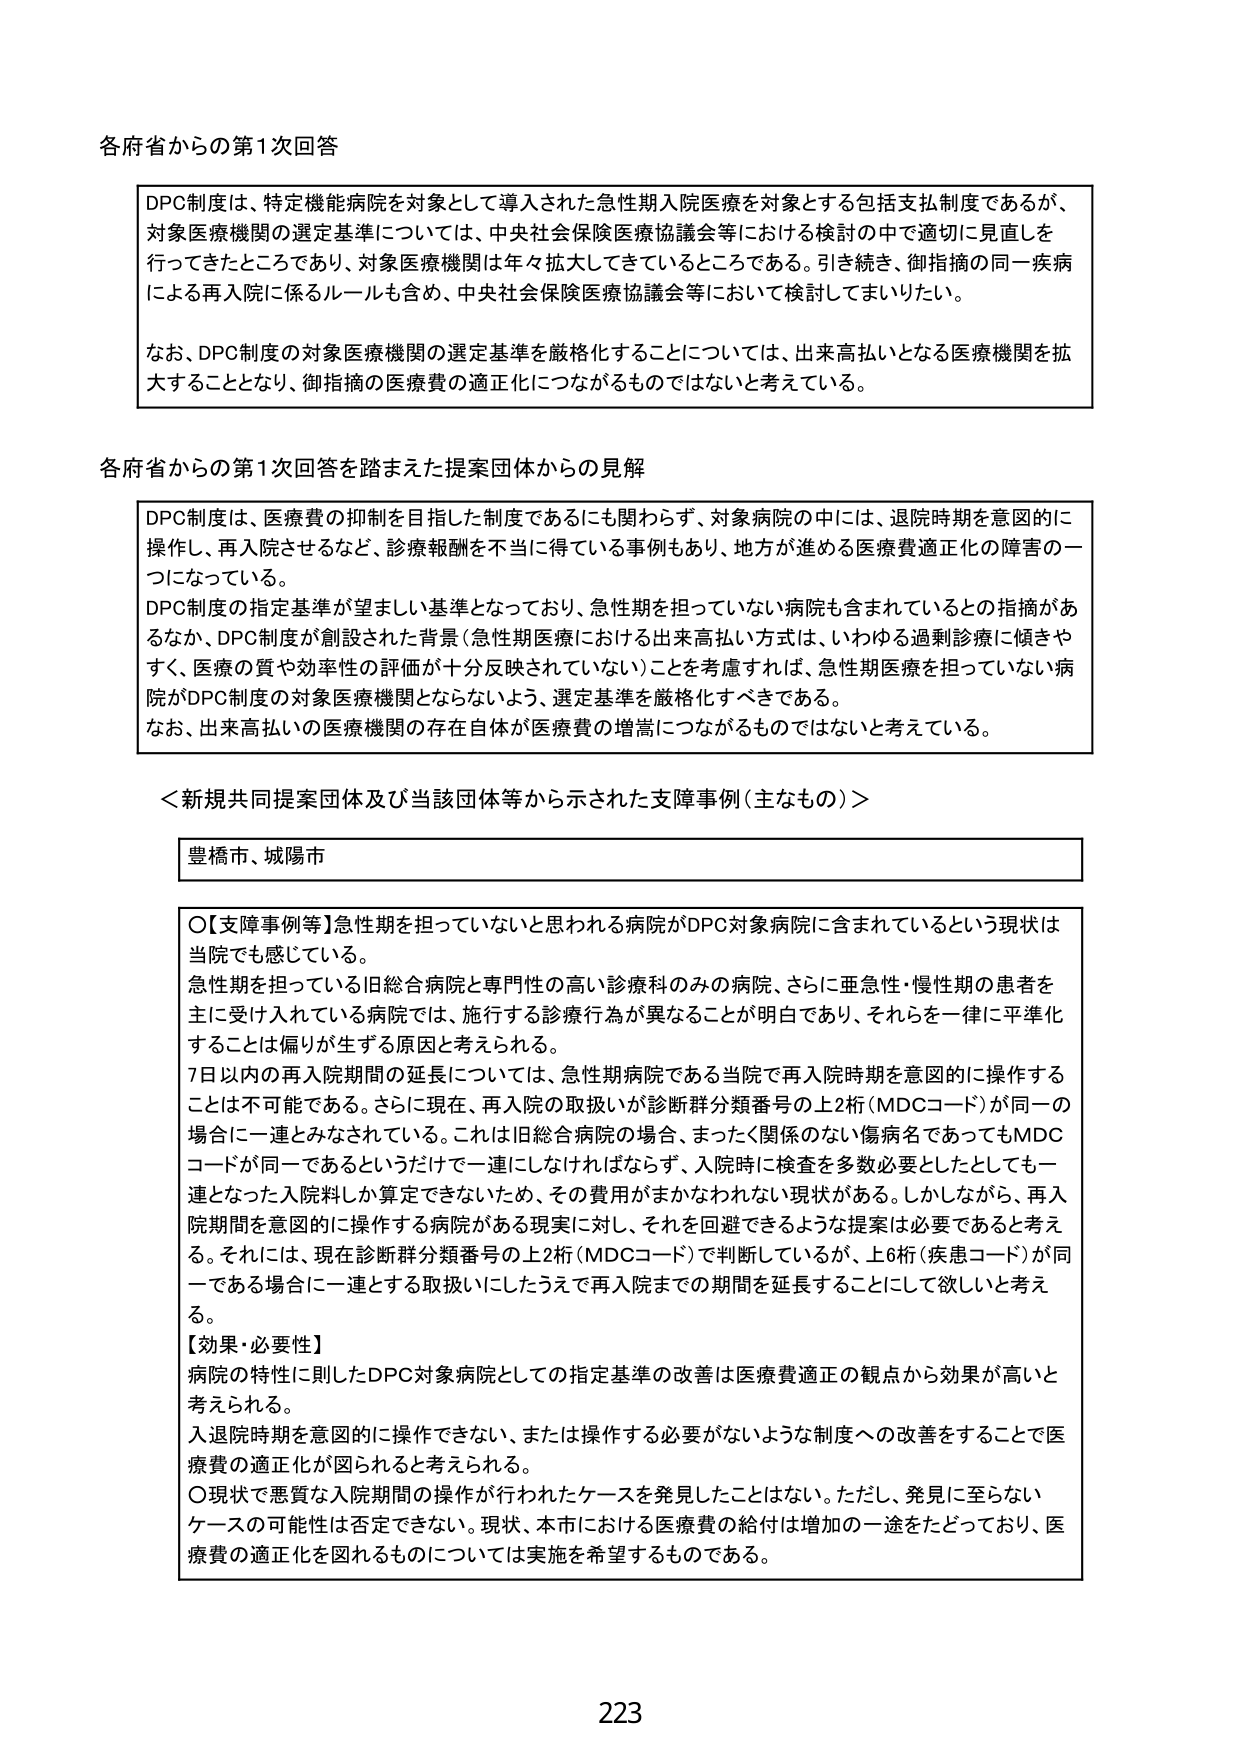
各府省からの第1次回答

DPC制度は、特定機能病院を対象として導入された急性期入院医療を対象とする包括支払制度であるが、対象医療機関の選定基準については、中央社会保険医療協議会等における検討の中で適切に見直しを行ってきたところであり、対象医療機関は年々拡大してきているところである。引き続き、御指摘の同一疾病による再入院に係るルールも含め、中央社会保険医療協議会等において検討してまいりたい。

なお、DPC制度の対象医療機関の選定基準を厳格化することについては、出来高払いとなる医療機関を拡大することとなり、御指摘の医療費の適正化につながるものではないと考えている。

各府省からの第1次回答を踏まえた提案団体からの見解

DPC制度は、医療費の抑制を目指した制度であるにも関わらず、対象病院の中には、退院時期を意図的に操作し、再入院させるなど、診療報酬を不当に得ている事例もあり、地方が進める医療費適正化の障害の一つになっている。

DPC制度の指定基準が望ましい基準となっており、急性期を担っていない病院も含まれているとの指摘があるなか、DPC制度が創設された背景（急性期医療における出来高払い方式は、いわゆる過剰診療に傾きやすく、医療の質や効率性の評価が十分反映されていない）ことを考慮すれば、急性期医療を担っていない病院がDPC制度の対象医療機関とならないよう、選定基準を厳格化すべきである。

なお、出来高払いの医療機関の存在自体が医療費の増嵩につながるものではないと考えている。

＜新規共同提案団体及び当該団体等から示された支障事例（主なもの）＞

豊橋市、城陽市

○【支障事例等】急性期を担っていないと思われる病院がDPC対象病院に含まれているという現状は当院でも感じている。

急性期を担っている旧総合病院と専門性の高い診療科のみの病院、さらに亜急性・慢性期の患者を主に受け入れている病院では、施行する診療行為が異なることが明白であり、それらを一律に平準化することは偏りが生ずる原因と考えられる。

7日以内の再入院期間の延長については、急性期病院である当院で再入院時期を意図的に操作することは不可能である。さらに現在、再入院の取扱いが診断群分類番号の上2桁（MDCコード）が同一の場合に一連とみなされている。これは旧総合病院の場合、まったく関係のない傷病名であってもMDCコードが同一であるというだけで一連にしなければならず、入院時に検査を多数必要としたとしても一連となった入院料しか算定できないため、その費用がまかなわれない現状がある。しかしながら、再入院期間を意図的に操作する病院がある現実に対し、それを回避できるような提案は必要であると考える。それには、現在診断群分類番号の上2桁（MDCコード）で判断しているが、上6桁（疾患コード）が同一である場合に一連とする取扱いにしたうえで再入院までの期間を延長することにして欲しいと考える。

【効果・必要性】
病院の特性に則したDPC対象病院としての指定基準の改善は医療費適正の観点から効果が高いと考えられる。

入退院時期を意図的に操作できない、または操作する必要がないような制度への改善をすることで医療費の適正化が図られると考えられる。

○現状で悪質な入院期間の操作が行われたケースを発見したことはない。ただし、発見に至らないケースの可能性は否定できない。現状、本市における医療費の給付は増加の一途をたどっており、医療費の適正化を図れるものについては実施を希望するものである。

223